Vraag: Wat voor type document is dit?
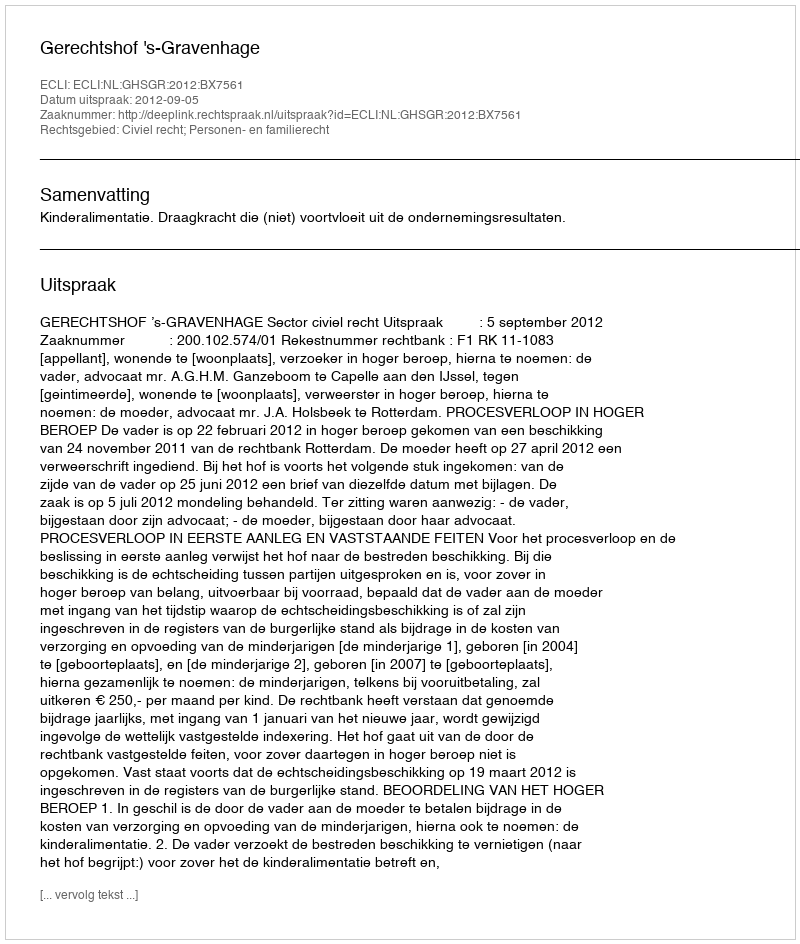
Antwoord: Uitspraak